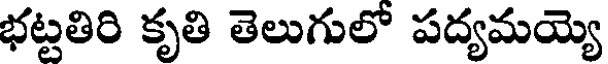
భట్టతిరి కృతి తెలుగులో పద్యమయ్యె